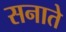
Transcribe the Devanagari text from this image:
सनाते